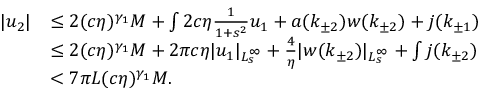
\begin{array} { r l } { \vert u _ { 2 } \vert } & { \le 2 ( c \eta ) ^ { \gamma _ { 1 } } M + \int 2 c \eta \frac 1 { 1 + s ^ { 2 } } u _ { 1 } + a ( k _ { \pm 2 } ) w ( k _ { \pm 2 } ) + j ( k _ { \pm 1 } ) } \\ & { \le 2 ( c \eta ) ^ { \gamma _ { 1 } } M + 2 \pi c \eta \vert u _ { 1 } \vert _ { L _ { s } ^ { \infty } } + \frac 4 \eta \vert w ( k _ { \pm 2 } ) \vert _ { L _ { s } ^ { \infty } } + \int j ( k _ { \pm 2 } ) } \\ & { < 7 \pi L ( c \eta ) ^ { \gamma _ { 1 } } M . } \end{array}